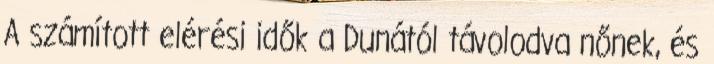
A számított elérési idők a Dunától távolodva nőnek, és